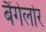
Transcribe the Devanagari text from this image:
बैंगेलोर